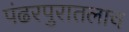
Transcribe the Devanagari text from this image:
पंढरपुरातलाच